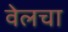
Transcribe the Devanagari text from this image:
वेलचा